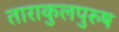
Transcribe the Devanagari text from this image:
ताराकुलपुरुष